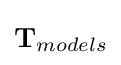
\mathbf {T} _{models}